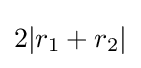
2|r_{1}+r_{2}|